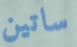
ساتين